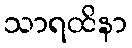
သာရထိနာ